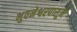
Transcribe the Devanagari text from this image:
भुवनेश्वरपासून